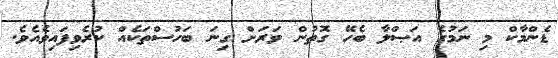
ޑެންމާކް މި ނަމުގެ އަޞްލާ ބެހޭ ގޮތުން ވަރަށް ގިނަ ބަހުސްތަކެެއް ކުރެވިފައިވެއެވެ.